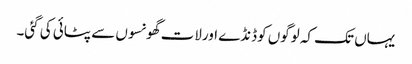
یہاں تک کہ لوگوں کوڈنڈے اورلات گھونسوں سے پٹائی کی گئی۔